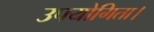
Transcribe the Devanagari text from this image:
उपयोगिता।